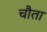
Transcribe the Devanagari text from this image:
चौता